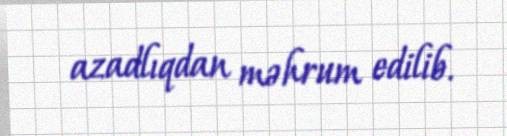
azadlıqdan məhrum edilib.